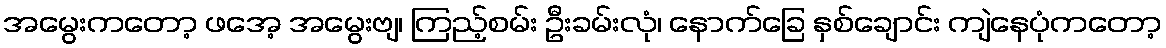
အမွေးကတော့ ဖအေ့ အမွေးဗျ၊ ကြည့်စမ်း ဦးခမ်းလုံ၊ နောက်ခြေ နှစ်ချောင်း ကျဲနေပုံကတော့